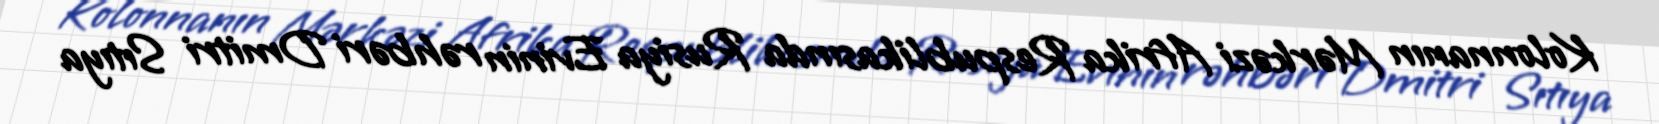
Kolonnanın Mərkəzi Afrika Respublikasında Rusiya Evinin rəhbəri Dmitri Sıtıya